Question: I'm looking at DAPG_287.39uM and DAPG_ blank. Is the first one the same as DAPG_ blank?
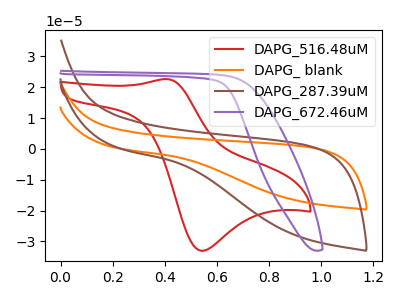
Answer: <think>The red curve "DAPG_516.48uM" has an anodic peak at (0.40V, 22.65uA) and a cathodic peak at (0.55V, -33.05uA). The orange curve "DAPG_ blank" has no peaks. The brown curve "DAPG_287.39uM" has no peaks. The purple curve "DAPG_672.46uM" has no peaks.
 Neither "DAPG_287.39uM" or "DAPG_ blank" have any peaks.</think>
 <answer>"DAPG_287.39uM" and "DAPG_ blank" are similar in shape.</answer>
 <eval>same_shape</eval>